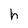
Character: h